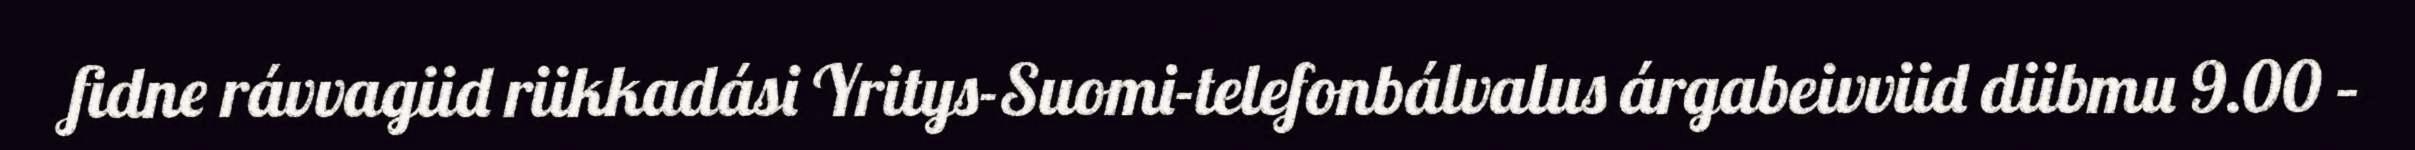
fidne rávvagiid riikkadási Yritys-Suomi-telefonbálvalus árgabeivviid diibmu 9.00 –